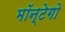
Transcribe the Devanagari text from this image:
मॉन्टेगो